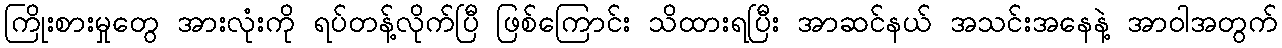
ကြိုးစားမှုတွေ အားလုံးကို ရပ်တန့်လိုက်ပြီ ဖြစ်ကြောင်း သိထားရပြီး အာဆင်နယ် အသင်းအနေနဲ့ အာဝါအတွက်